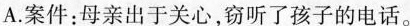
A.案件：母亲出于关心，窃听了孩子的电话。